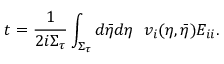
t = \frac { 1 } { 2 i \Sigma _ { \tau } } \int _ { \Sigma _ { \tau } } d \bar { \eta } d \eta ~ ~ v _ { i } ( \eta , \bar { \eta } ) E _ { i i } .